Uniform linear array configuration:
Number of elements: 16
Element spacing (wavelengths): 0.5
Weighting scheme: uniform
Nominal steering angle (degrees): -45
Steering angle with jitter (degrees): -45.449
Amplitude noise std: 0.05
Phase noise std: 0.05

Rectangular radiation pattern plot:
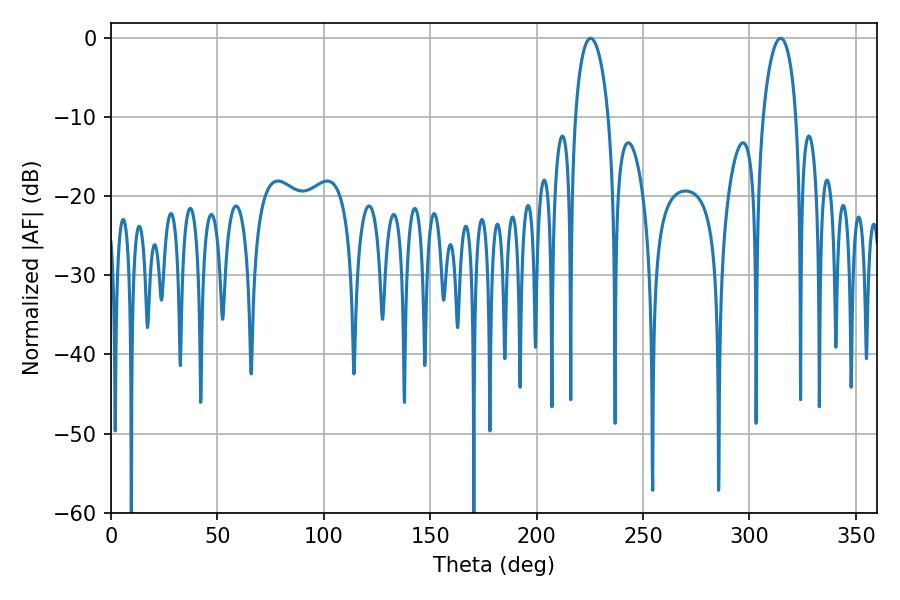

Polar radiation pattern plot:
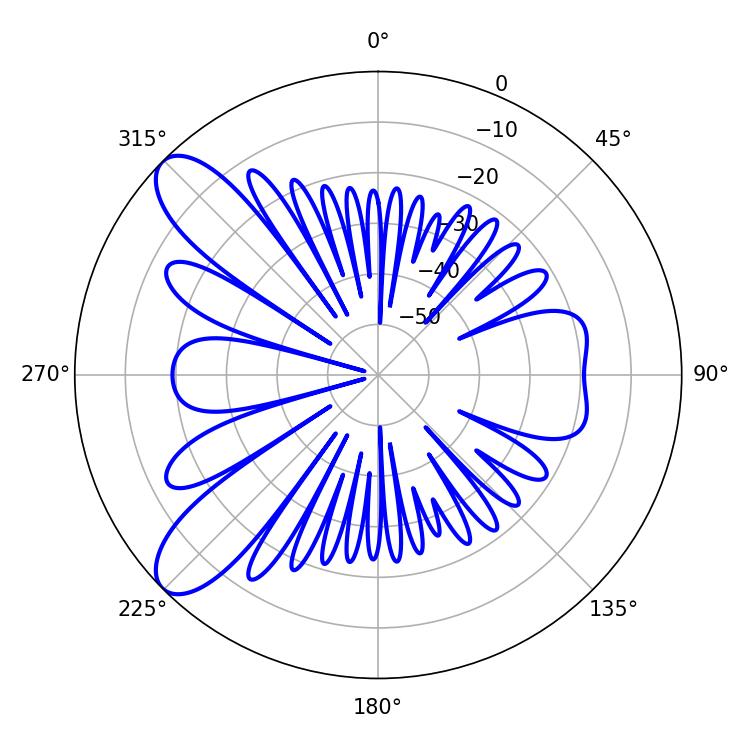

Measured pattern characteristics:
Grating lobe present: FALSE
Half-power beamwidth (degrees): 9
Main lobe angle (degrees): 225.36